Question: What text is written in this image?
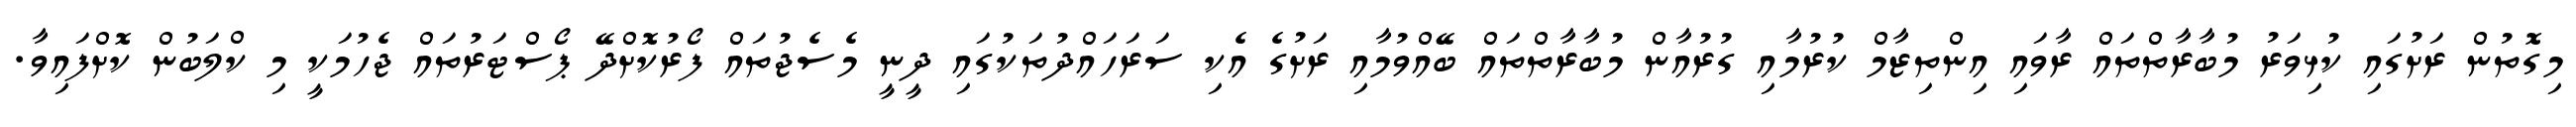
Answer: މިގޮތުން ރަށުގައި ކުޅިވަރު މުބާރާތްތައް ރާވައި އިންތިޒާމް ކުރުމާއި ގުރުއާން މުބާރާތްތައް ބޭއްވުމާއި ރަށުގެ އެކި ސަރަހައްދުތަކުގައި ދީނީ މެސެޖުތައް ފޯރުކޮށްދޭ ޕޯސްޓަރުތައް ޖެހުމަކީ މި ކްލަބުން ކޮށްފައިވާ.